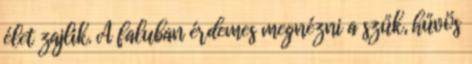
élet zajlik. A faluban érdemes megnézni a szűk, hűvös